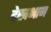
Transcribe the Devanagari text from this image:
देखभाग